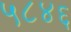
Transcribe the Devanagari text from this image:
५८४६